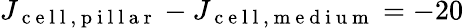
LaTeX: J_{\mathrm{~c~e~l~l~,~p~i~l~l~a~r~}}-J_{\mathrm{~c~e~l~l~,~m~e~d~i~u~m~}}=-20